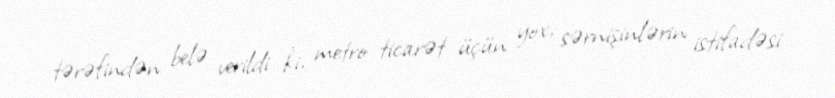
tərəfindən belə verildi ki, metro ticarət üçün yox, sərnişinlərin istifadəsi